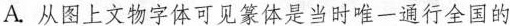
A.从图上文物字体可见篆体是当时唯一通行全国的